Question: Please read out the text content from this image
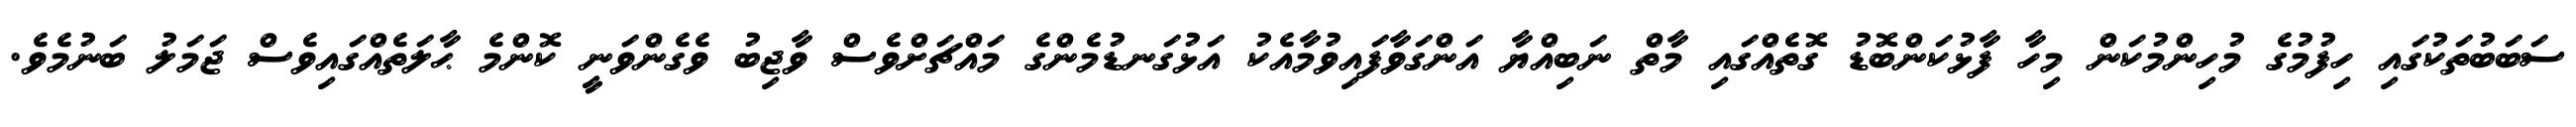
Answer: ސަބަބުތަކުގައި ހިފުމުގެ މުހިންމުކަން މިހާ ފާޅުކަންބޮޑު ގޮތެއްގައި މާތް ނަބިއްޔާ އަންގަވާފައިވުމާއެކު އަޅުގަނޑުމެންގެ މައްޗަށްވެސް ވާޖިބު ވެގެންވަނީ ކޮންމެ ޙާލަތެއްގައިވެސް ޖަމަލު ބަނުމެވެ.